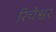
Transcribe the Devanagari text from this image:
रिचेश्वर